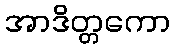
အာဒိတ္တကော